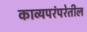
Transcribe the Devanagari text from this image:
काव्यपरंपरेतील